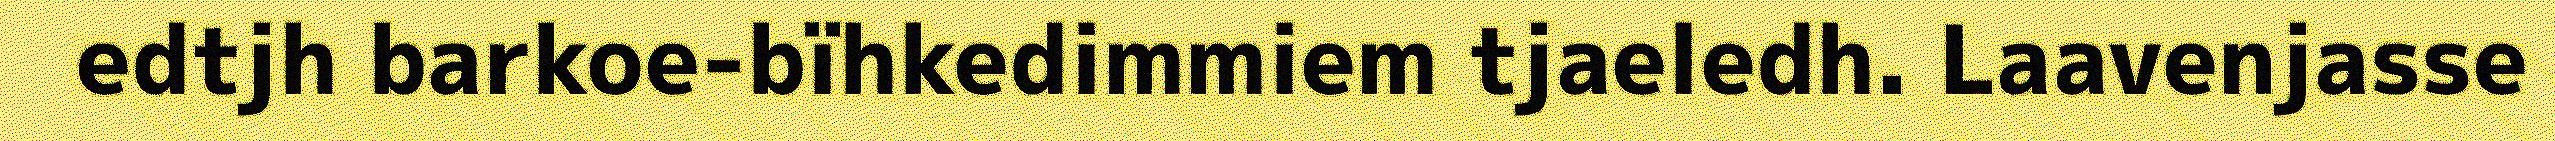
edtjh barkoe-bïhkedimmiem tjaeledh. Laavenjasse